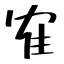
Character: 隺